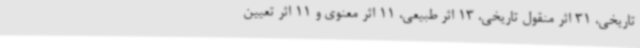
تاریخی، 31 اثر منقول تاریخی، 13 اثر طبیعی، 11 اثر معنوی و 11 اثر تعیین